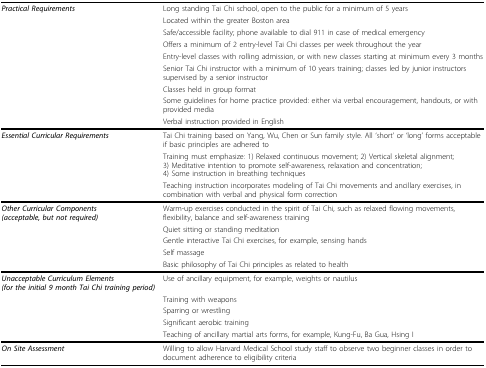
<table><thead><tr><td><b><i>Practical Requirements</i></b></td><td><b>Long standing Tai Chi school, open to the public for a minimum of 5 years</b></td></tr><tr><td></td><td><b>Located within the greater Boston area</b></td></tr><tr><td></td><td><b>Safe/accessible facility; phone available to dial 911 in case of medical emergency</b></td></tr><tr><td></td><td><b>Offers a minimum of 2 entry-level Tai Chi classes per week throughout the year</b></td></tr><tr><td></td><td><b>Entry-level classes with rolling admission, or with new classes starting at minimum every 3 months</b></td></tr><tr><td></td><td><b>Senior Tai Chi instructor with a minimum of 10 years training; classes led by junior instructors supervised by a senior instructor</b></td></tr><tr><td></td><td><b>Classes held in group format</b></td></tr><tr><td></td><td><b>Some guidelines for home practice provided: either via verbal encouragement, handouts, or with provided media</b></td></tr><tr><td></td><td><b>Verbal instruction provided in English</b></td></tr></thead><tbody><tr><td><b><i>Essential Curricular Requirements</i></b></td><td>Tai Chi training based on Yang, Wu, Chen or Sun family style. All &#x27;short&#x27; or &#x27;long&#x27; forms acceptable if basic principles are adhered to</td></tr><tr><td></td><td>Training must emphasize: 1) Relaxed continuous movement; 2) Vertical skeletal alignment; 3) Meditative intention to promote self-awareness, relaxation and concentration; 4) Some instruction in breathing techniques</td></tr><tr><td></td><td>Teaching instruction incorporates modeling of Tai Chi movements and ancillary exercises, in combination with verbal and physical form correction</td></tr><tr><td><b><i>Other Curricular Components (acceptable, but not required)</i></b></td><td>Warm-up exercises conducted in the spirit of Tai Chi, such as relaxed flowing movements, flexibility, balance and self-awareness training</td></tr><tr><td></td><td>Quiet sitting or standing meditation</td></tr><tr><td></td><td>Gentle interactive Tai Chi exercises, for example, sensing hands</td></tr><tr><td></td><td>Self massage</td></tr><tr><td></td><td>Basic philosophy of Tai Chi principles as related to health</td></tr><tr><td><b><i>Unacceptable Curriculum Elements (for the initial 9 month Tai Chi training period)</i></b></td><td>Use of ancillary equipment, for example, weights or nautilus</td></tr><tr><td></td><td>Training with weapons</td></tr><tr><td></td><td>Sparring or wrestling</td></tr><tr><td></td><td>Significant aerobic training</td></tr><tr><td></td><td>Teaching of ancillary martial arts forms, for example, Kung-Fu, Ba Gua, Hsing I</td></tr><tr><td><b><i>On Site Assessment</i></b></td><td>Willing to allow Harvard Medical School study staff to observe two beginner classes in order to document adherence to eligibility criteria</td></tr></tbody></table>